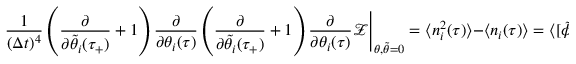
{ } \frac { 1 } { ( \Delta t ) ^ { 4 } } \left( \frac { \partial } { \partial \tilde { \theta } _ { i } ( \tau _ { + } ) } + 1 \right) \frac { \partial } { \partial \theta _ { i } ( \tau ) } \left( \frac { \partial } { \partial \tilde { \theta _ { i } } ( \tau _ { + } ) } + 1 \right) \frac { \partial } { \partial \theta _ { i } ( \tau ) } \mathcal { Z } \Bigg | _ { \theta , \tilde { \theta } = 0 } = \langle n _ { i } ^ { 2 } ( \tau ) \rangle - \langle n _ { i } ( \tau ) \rangle = \langle [ \tilde { \phi } _ { i } ( \tau _ { + } ) + 1 ] ^ { 2 } \phi _ { i } ^ { 2 } ( \tau ) \rangle